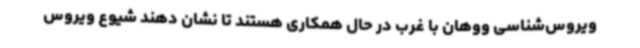
ویروس‌شناسی ووهان با غرب در حال همکاری هستند تا نشان دهند شیوع ویروس